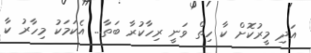
އަދި މީރުކޮށް ކާ ހިތް ވަނީ ރިހާކުރާ ބަތާ... އެކަމަކު މިހާރު ކާ